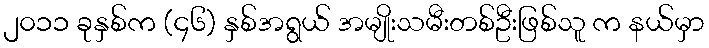
၂၀၁၁ ခုနှစ်က (၄၆) နှစ်အရွယ် အမျိုးသမီးတစ်ဦးဖြစ်သူ က နယ်မှာ